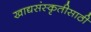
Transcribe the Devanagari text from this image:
खाद्यसंस्कृतीसाठी